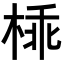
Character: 𣔪